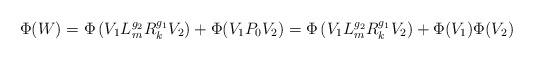
LaTeX: \begin{align*}\Phi(W) = \Phi\left(V_1 L_m^{g_2} R_k^{g_1}V_2\right) + \Phi(V_1 P_0 V_2) = \Phi\left(V_1 L_m^{g_2} R_k^{g_1}V_2\right) + \Phi(V_1)\Phi( V_2)\end{align*}